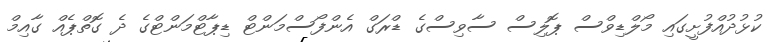
ކުޅުދުއްފުށީގައި މޯލްޑިވްސް ޕޮލިސް ސާވިސްގެ ޑްރަގް އެންފޯސްމަންޓް ޑިޕާޓްމަންޓްގެ ދެ ގޮތްޕެއް ގާއިމް